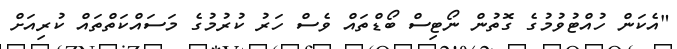
"އެކަން ހުއްޓުވުމުގެ ގޮތުން ނޯޓިސް ބޯޑްތައް ވެސް ހަރު ކުރުމުގެ މަސައްކަތްތައް ކުރިއަށް